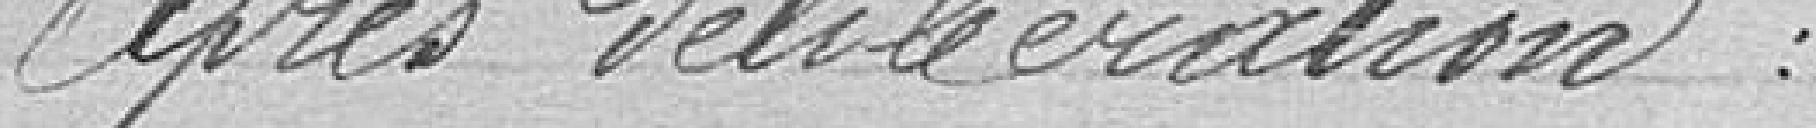
Après délibération,